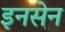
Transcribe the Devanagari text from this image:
इनसेन